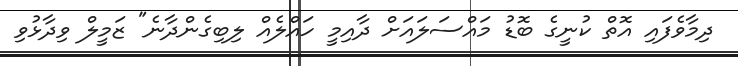
ދިމާވެފައި އޮތް ކުނީގެ ބޮޑު މައްސަލައަށް ދާއިމީ ހައްލެއް ލިބިގެންދާނެ" ޒަމީލް ވިދާޅުވި